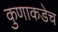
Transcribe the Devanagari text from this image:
कुणाकडेच